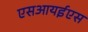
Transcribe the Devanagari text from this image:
एसआयईएस